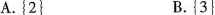
A.{2} B.{3}